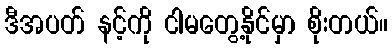
ဒီအပတ် နင့်ကို ငါမတွေ့နိုင်မှာ စိုးတယ်။